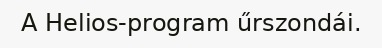
A Helios-program űrszondái.